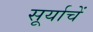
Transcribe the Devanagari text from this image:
सूर्याचें